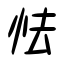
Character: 怯